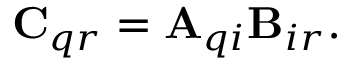
\mathbf { C } _ { q r } = \mathbf { A } _ { q i } \mathbf { B } _ { i r } .